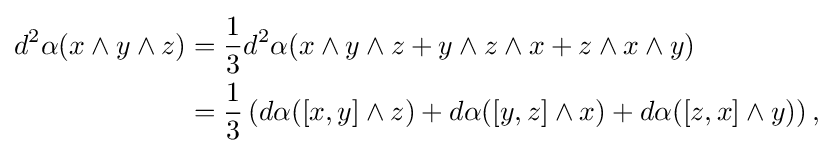
{\begin{aligned}d^{2}\alpha (x\wedge y\wedge z)&={\frac {1}{3}}d^{2}\alpha (x\wedge y\wedge z+y\wedge z\wedge x+z\wedge x\wedge y)\\&={\frac {1}{3}}\left(d\alpha ([x,y]\wedge z)+d\alpha ([y,z]\wedge x)+d\alpha ([z,x]\wedge y)\right),\end{aligned}}